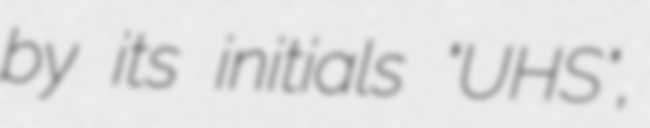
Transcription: by its initials "UHS",